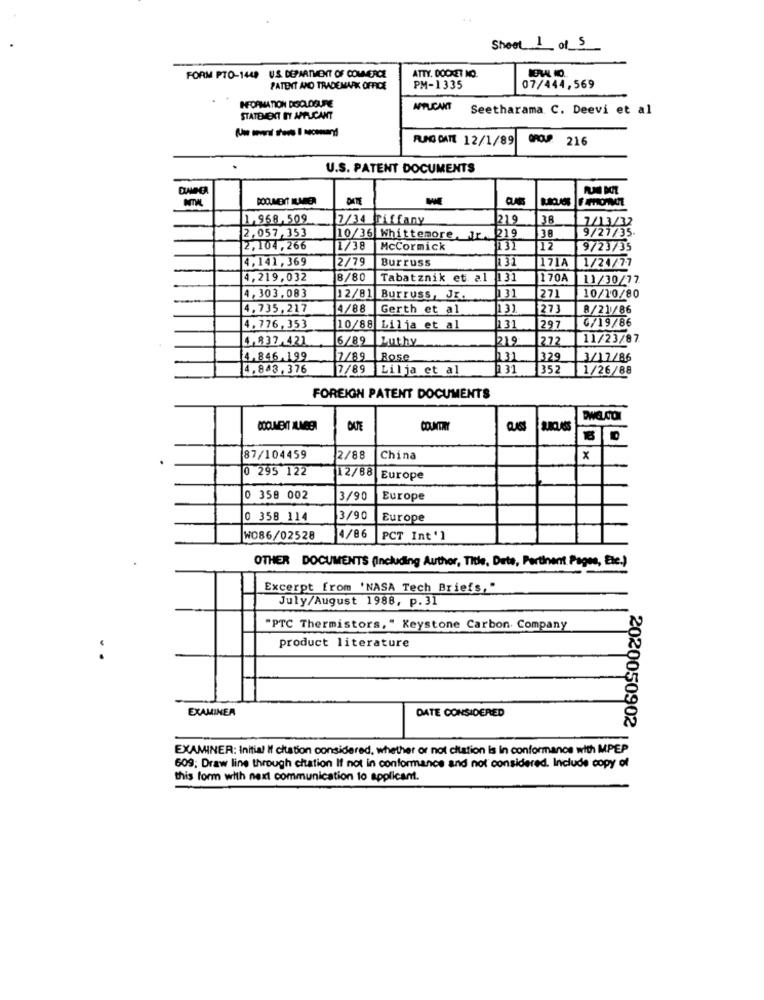
Sheet 1 of 5
FORM PTO-1448 US DEPARTMENT OF COMMERCE
ATTY. DOCKET NO.
PATENT AND TRADEMARK OFFICE
PM-1335
07/444,569
HFORMATION DOCLOSURE
APPLICANT
Seetharama C. Deevi et al
STATEMENT INY APPLICANT
RUNG DATE 12/1/89
0 216
U.S. PATENT DOCUMENTS
WE
1.968,509
7/34 Tiffany
219
38
7/13/32
2,057,353
9/27/35.
10/36 Whittemore, Jr. 219
38
2,104,266
1/38
McCormick
12
9/23/35
4,141,369
2/79
Burruss
1171A
1/24/77
4,219,032
8/80
Tabatznik et. al 131
170A
11/30/77
12/81
4,303,083
Burruss, JE.
271
10/10/80
4.735,217
4/88
Gerth et al
131
273
8/21/86
4.776,353
10/88 Lilja et al
131
297
G/19/86
4,837.421
6/89
Lzuthy
219
272
11/23/87
4.846.199
7/89
Rose
h31
329
3/12/86
4.843,376
7/89 Lilja et al
0 31
352
1/26/88
FOREIGN PATENT DOCUMENTS
Ewa.CO
ONTE
COUNTRY
87/104459
|2/88
China
x
0 295 122
12/88
Europe
0 358 002
3/90
Europe
0 358 114
3/90
Europe
4/86
W086/02528
PCT Int'l
OTHER DOCUMENTS (Including Author, Title, Dete, Pertinent Pages, Etc.)
Excerpt from 'NASA Tech Briefs,"
July/August 1988, p.31
"PTC Thermistors, " Keystone Carbon. Company
product literature
EXAMINER
DATE CONSIDERED
2020050902
EXAMINER: Initial If citation considered, whether or not citation is in conformance with MPEP
609; Draw line through citation If not in conformance and not considered. Include copy of
this form with next communication to applicant.